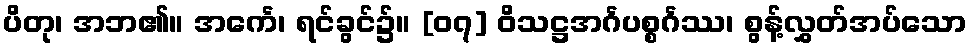
ပိတု၊ အဘ၏။ အင်္ကေ၊ ရင်ခွင်၌။ [၀၇] ဝိသဋ္ဌအင်္ဂပစ္စင်္ဂဿ၊ စွန့်လွှတ်အပ်သော